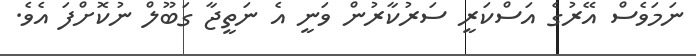
ނަމަވެސް އޭރުގެ އަސްކަރީ ސަރުކާރުން ވަނީ އެ ނަތީޖާ ގަބޫލް ނުކޮށްފަ އެވެ.